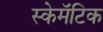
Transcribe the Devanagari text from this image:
स्केमॅटिक